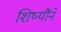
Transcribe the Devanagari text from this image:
शिष्यौंने